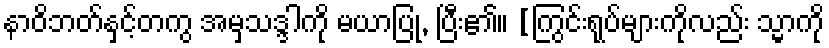
နာဝိဘတ်နှင့်တကွ အမှသဒ္ဒါကို မယာပြု, ပြီး၏။ [ကြွင်းရုပ်များကိုလည်း သ္မာကို